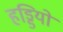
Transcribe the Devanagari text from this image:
हड्डियो